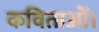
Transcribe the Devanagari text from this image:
कविताओं।